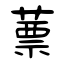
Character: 蔈